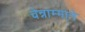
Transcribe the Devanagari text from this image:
चेन्नाम्माने